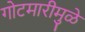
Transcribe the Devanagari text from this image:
गोटमारीमुळे